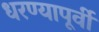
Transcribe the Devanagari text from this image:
धरण्यापूर्वी